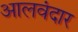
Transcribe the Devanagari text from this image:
आलवंदार